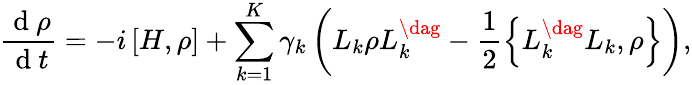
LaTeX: \frac{\mathrm{~d~}\rho}{\mathrm{~d~}t}=-i\left[H,\rho\right]+\sum_{k=1}^{K}\gamma_{k}\left(L_{k}\rho L_{k}^{\dag}-\frac{1}{2}\left\{ L_{k}^{\dag}L_{k},\rho\right\} \right),